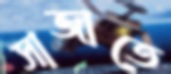
সাজাতে